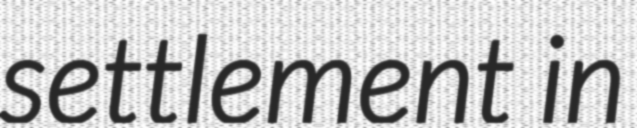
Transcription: settlement in